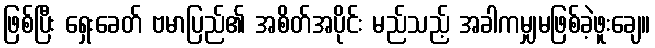
ဖြစ်ပြီး ရှေးခေတ် ဗမာပြည်၏ အစိတ်အပိုင်း မည်သည့် အခါကမျှမဖြစ်ခဲ့ဖူးချေ။